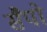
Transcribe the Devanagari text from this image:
सैपो